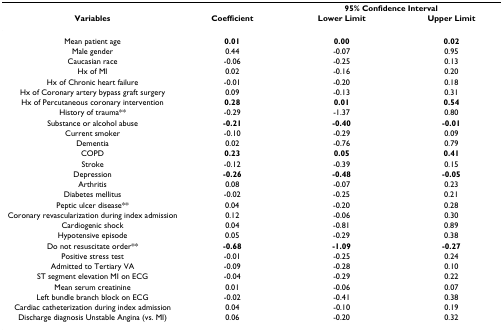
<table><thead><tr><td></td><td></td><td colspan="2"><b>95% Confidence Interval</b></td></tr><tr><td><b>Variables</b></td><td><b>Coefficient</b></td><td><b>Lower Limit</b></td><td><b>Upper Limit</b></td></tr></thead><tbody><tr><td>Mean patient age</td><td><b>0.01</b></td><td><b>0.00</b></td><td><b>0.02</b></td></tr><tr><td>Male gender</td><td>0.44</td><td>-0.07</td><td>0.95</td></tr><tr><td>Caucasian race</td><td>-0.06</td><td>-0.25</td><td>0.13</td></tr><tr><td>Hx of MI</td><td>0.02</td><td>-0.16</td><td>0.20</td></tr><tr><td>Hx of Chronic heart failure</td><td>-0.01</td><td>-0.20</td><td>0.18</td></tr><tr><td>Hx of Coronary artery bypass graft surgery</td><td>0.09</td><td>-0.13</td><td>0.31</td></tr><tr><td>Hx of Percutaneous coronary intervention</td><td><b>0.28</b></td><td><b>0.01</b></td><td><b>0.54</b></td></tr><tr><td>History of trauma**</td><td>-0.29</td><td>-1.37</td><td>0.80</td></tr><tr><td>Substance or alcohol abuse</td><td><b>-0.21</b></td><td><b>-0.40</b></td><td><b>-0.01</b></td></tr><tr><td>Current smoker</td><td>-0.10</td><td>-0.29</td><td>0.09</td></tr><tr><td>Dementia</td><td>0.02</td><td>-0.76</td><td>0.79</td></tr><tr><td>COPD</td><td><b>0.23</b></td><td><b>0.05</b></td><td><b>0.41</b></td></tr><tr><td>Stroke</td><td>-0.12</td><td>-0.39</td><td>0.15</td></tr><tr><td>Depression</td><td><b>-0.26</b></td><td><b>-0.48</b></td><td><b>-0.05</b></td></tr><tr><td>Arthritis</td><td>0.08</td><td>-0.07</td><td>0.23</td></tr><tr><td>Diabetes mellitus</td><td>-0.02</td><td>-0.25</td><td>0.21</td></tr><tr><td>Peptic ulcer disease**</td><td>0.04</td><td>-0.20</td><td>0.28</td></tr><tr><td>Coronary revascularization during index admission</td><td>0.12</td><td>-0.06</td><td>0.30</td></tr><tr><td>Cardiogenic shock</td><td>0.04</td><td>-0.81</td><td>0.89</td></tr><tr><td>Hypotensive episode</td><td>0.05</td><td>-0.29</td><td>0.38</td></tr><tr><td>Do not resuscitate order**</td><td><b>-0.68</b></td><td><b>-1.09</b></td><td><b>-0.27</b></td></tr><tr><td>Positive stress test</td><td>-0.01</td><td>-0.25</td><td>0.24</td></tr><tr><td>Admitted to Tertiary VA</td><td>-0.09</td><td>-0.28</td><td>0.10</td></tr><tr><td>ST segment elevation MI on ECG</td><td>-0.04</td><td>-0.29</td><td>0.22</td></tr><tr><td>Mean serum creatinine</td><td>0.01</td><td>-0.06</td><td>0.07</td></tr><tr><td>Left bundle branch block on ECG</td><td>-0.02</td><td>-0.41</td><td>0.38</td></tr><tr><td>Cardiac catheterization during index admission</td><td>0.04</td><td>-0.10</td><td>0.19</td></tr><tr><td>Discharge diagnosis Unstable Angina (vs. MI)</td><td>0.06</td><td>-0.20</td><td>0.32</td></tr></tbody></table>